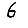
Digit: 6